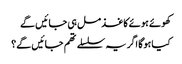
کھوئے ہوئے کاغذ مل ہی جائیں گے
کیا ہوگا اگر یہ سلسلے تھم جائیں گے؟